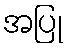
အပြု